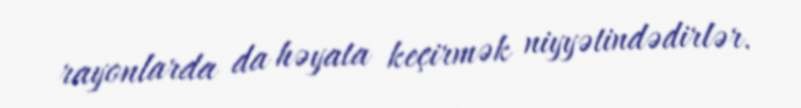
rayonlarda da həyata keçirmək niyyətindədirlər.